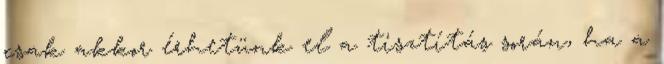
csak akkor érhetünk el a tisztítás során, ha a